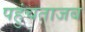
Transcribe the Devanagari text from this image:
पहुंचताजब